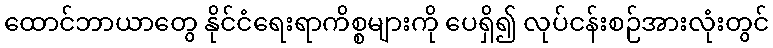
ထောင်ဘာယာတွေ နိုင်ငံရေးရာကိစ္စများကို ပေရှိ၍ လုပ်ငန်းစဉ်အားလုံးတွင်